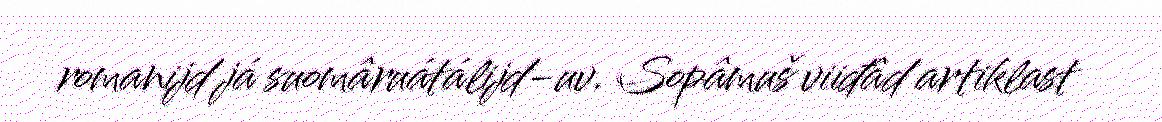
romanijd já suomâruátálijd-uv. Sopâmuš viiđâd artiklast